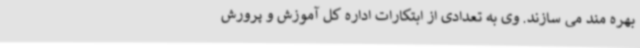
بهره مند می سازند. وی به تعدادی از ابتکارات اداره کل آموزش و پرورش